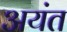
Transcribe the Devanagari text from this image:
अयंत